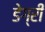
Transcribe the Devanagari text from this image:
डेग्री